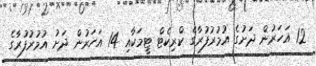
12 އަހަރުން ދަށުގެ އުމުރުފުރާގެ ކްރިކެޓް ޓީމަކާއި 14 އަހަރުން ދަށު އުމުރުފުރާގެ